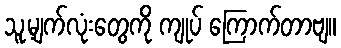
သူ့မျက်လုံးတွေကို ကျုပ် ကြောက်တာဗျ။